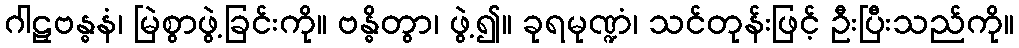
ဂါဠှဗန္ဓနံ၊ မြဲစွာဖွဲ့ခြင်းကို။ ဗန္ဓိတွာ၊ ဖွဲ့၍။ ခုရမုဏ္ဍံ၊ သင်တုန်းဖြင့် ဦးပြီးသည်ကို။